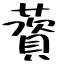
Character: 薋